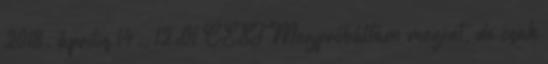
2018. április 14., 12:01 CEST Megpróbáltam megint, de csak